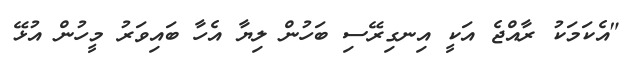
"އެކަމަކު ރާއްޖެ އަކީ އިނގިރޭސި ބަހުން ލިޔާ އެހާ ބައިވަރު މީހުން އުޅޭ